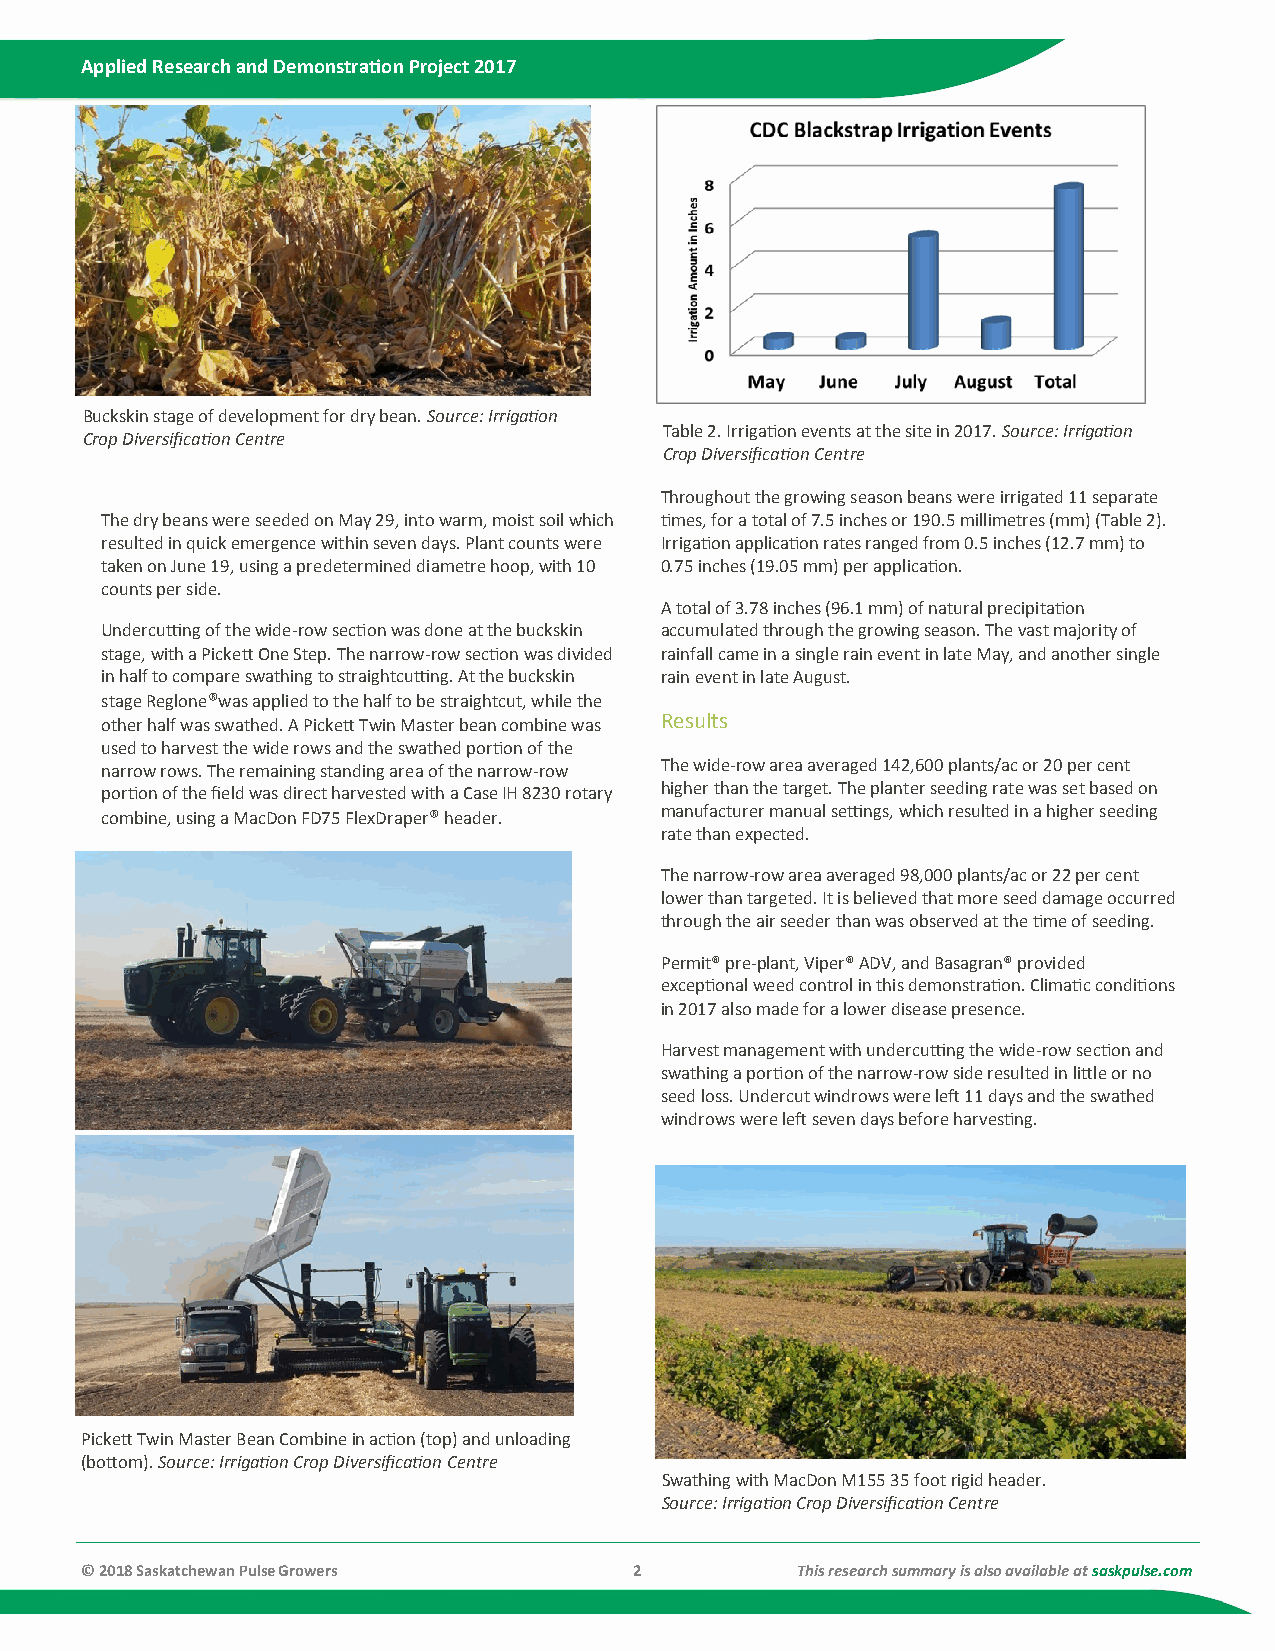
Applied Research and Demonstration Project 2017
 Buckskin stage of development for dry bean. Source: Irrigation
 Table 2. Irrigation events at the site in 2017. Source: Irrigation
 Crop Diversification Centre
 Crop Diversification Centre
 Throughout the growing season beans were irrigated 11 separate
 The dry beans were seeded on May 29, into warm, moist soil which times, for a total of 7.5 inches or 190.5 millimetres (mm) (Table 2).
 resulted in quick emergence within seven days. Plant counts were Irrigation application rates ranged from 0.5 inches (12.7 mm) to
 taken on June 19, using a predetermined diametre hoop, with 10 0.75 inches (19.05 mm) per application.
 counts per side.
 A total of 3.78 inches (96.1 mm) of natural precipitation
 Undercutting of the wide-row section was done at the buckskin accumulated through the growing season. The vast majority of
 stage, with a Pickett One Step. The narrow-row section was divided rainfall came in a single rain event in late May, and another single
 in half to compare swathing to straightcutting. At the buckskin rain event in late August.
 stage Reglone®was applied to the half to be straightcut, while the
 other half was swathed. A Pickett Twin Master bean combine was Results
 used to harvest the wide rows and the swathed portion of the
 narrow rows. The remaining standing area of the narrow-row The wide-row area averaged 142,600 plants/ac or 20 per cent
 portion of the field was direct harvested with a Case IH 8230 rotary higher than the target. The planter seeding rate was set based on
 combine, using a MacDon FD75 FlexDraper® header. manufacturer manual settings, which resulted in a higher seeding
 rate than expected.
 The narrow-row area averaged 98,000 plants/ac or 22 per cent
 lower than targeted. It is believed that more seed damage occurred
 through the air seeder than was observed at the time of seeding.
 Permit® pre-plant, Viper® ADV, and Basagran® provided
 exceptional weed control in this demonstration. Climatic conditions
 in 2017 also made for a lower disease presence.
 Harvest management with undercutting the wide-row section and
 swathing a portion of the narrow-row side resulted in little or no
 seed loss. Undercut windrows were left 11 days and the swathed
 windrows were left seven days before harvesting.
 Pickett Twin Master Bean Combine in action (top) and unloading
 (bottom). Source: Irrigation Crop Diversification Centre
 Swathing with MacDon M155 35 foot rigid header.
 Source: Irrigation Crop Diversification Centre
 © 2018 Saskatchewan Pulse Growers    2          This research summary is also available at saskpulse.com